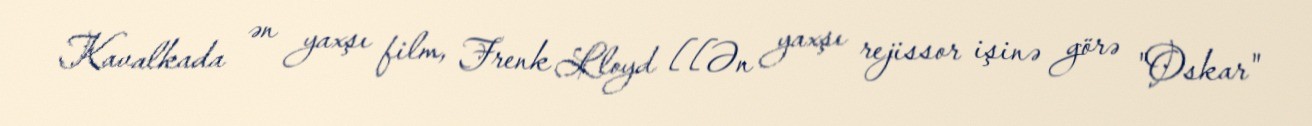
Kavalkada ən yaxşı film, Frenk Lloyd [[Ən yaxşı rejissor işinə görə "Oskar"